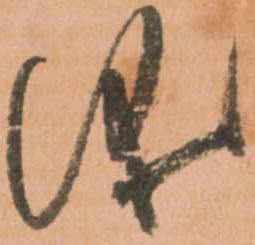
儀